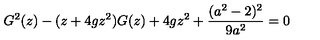
G ^ { 2 } ( z ) - ( z + 4 g z ^ { 2 } ) G ( z ) + 4 g z ^ { 2 } + { \frac { ( a ^ { 2 } - 2 ) ^ { 2 } } { 9 a ^ { 2 } } } = 0